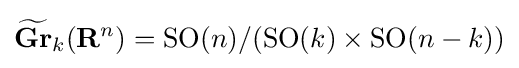
{\widetilde {\mathbf {Gr} }}_{k}(\mathbf {R} ^{n})=\operatorname {SO} (n)/(\operatorname {SO} (k)\times \operatorname {SO} (n-k))